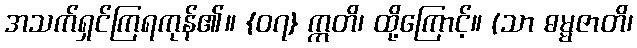
အသက်ရှင်ကြရကုန်၏။ {၀၇} ဣတိ၊ ထို့ကြောင့်။ (သာ ဓမ္မဇာတိ၊